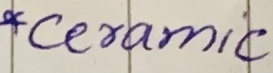
Text: *Ceramic